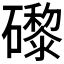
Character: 𥗍